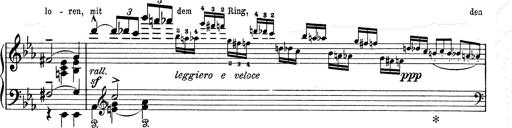
Title: 6 Polish Songs
Composer: Franz Liszt